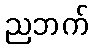
ညဘက်